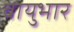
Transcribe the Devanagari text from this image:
वायुभार